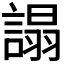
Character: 𧪦